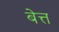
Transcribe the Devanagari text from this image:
बेत्त